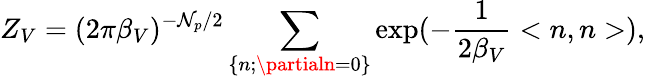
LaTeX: Z_{V}=(2\pi{\beta}_{V})^{-\mathcal{N}_{p}/2}\sum_{\left\{ n;\partialn=0\right\} }\exp(-\frac{{1}}{{2{\beta}_{V}}}<n,n>),